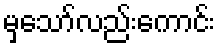
မှသော်လည်းကောင်း